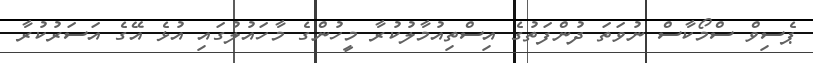
ޕެސިވް ސްމޯކާސް ނުވަތަ ދުންފަތުގެ އިސްތިއުމާލުކުރާ މީހުންގެ މާހައުލުގައި އުޅެ އޭގެ އަސަރުކުރާ